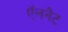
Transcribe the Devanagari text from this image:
ऍलनैट